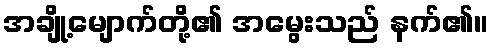
အချို့မျောက်တို့၏ အမွေးသည် နက်၏။